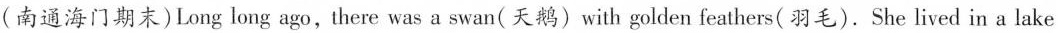
(南通海门期末)Long long ago,there was a swan(天鹅)with golden feathers( 羽毛).She lived in a lake